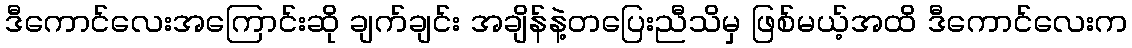
ဒီကောင်လေးအကြောင်းဆို ချက်ချင်း အချိန်နဲ့တပြေးညီသိမှ ဖြစ်မယ့်အထိ ဒီကောင်လေးက